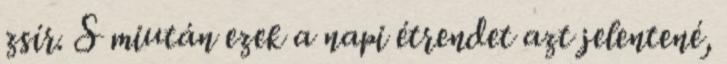
zsír. S miután ezek a napi étrendet azt jelentené,